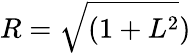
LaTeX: R=\sqrt{(1+L^{2}})